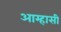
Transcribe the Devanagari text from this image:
आम्हासी